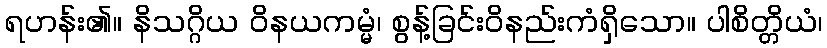
ရဟန်း၏။ နိသဂ္ဂိယ ဝိနယကမ္မံ၊ စွန့်ခြင်းဝိနည်းကံရှိသော။ ပါစိတ္တိယံ၊